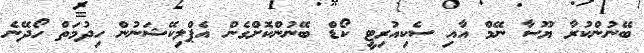
ބޭނުންކުރާ ޔޫސާ ނޭމް އާއި ސެކިއުރިޓީ ކޯޑް ބޭނުންކޮށްގެން އެޕްލިކޭޝަނުން ހިދުމަތް ހޯދޭނެ